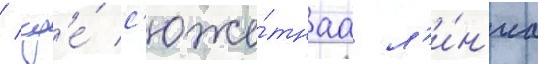
/ гд'е́ с'юже́тнаа л'и́н'иа